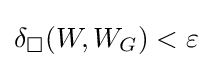
\delta _{\square }(W,W_{G})<\varepsilon